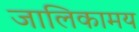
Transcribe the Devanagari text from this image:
जालिकामय